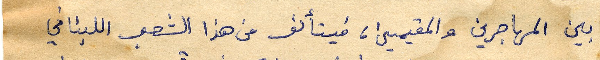
بين المهاجرين والمقيمين، فيتألف من هذا الشعب اللبناني